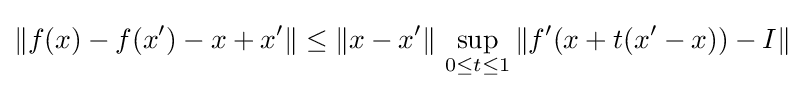
\|f(x)-f(x^{\prime })-x+x^{\prime }\|\leq \|x-x^{\prime }\|\,\sup _{0\leq t\leq 1}\|f^{\prime }(x+t(x^{\prime }-x))-I\|